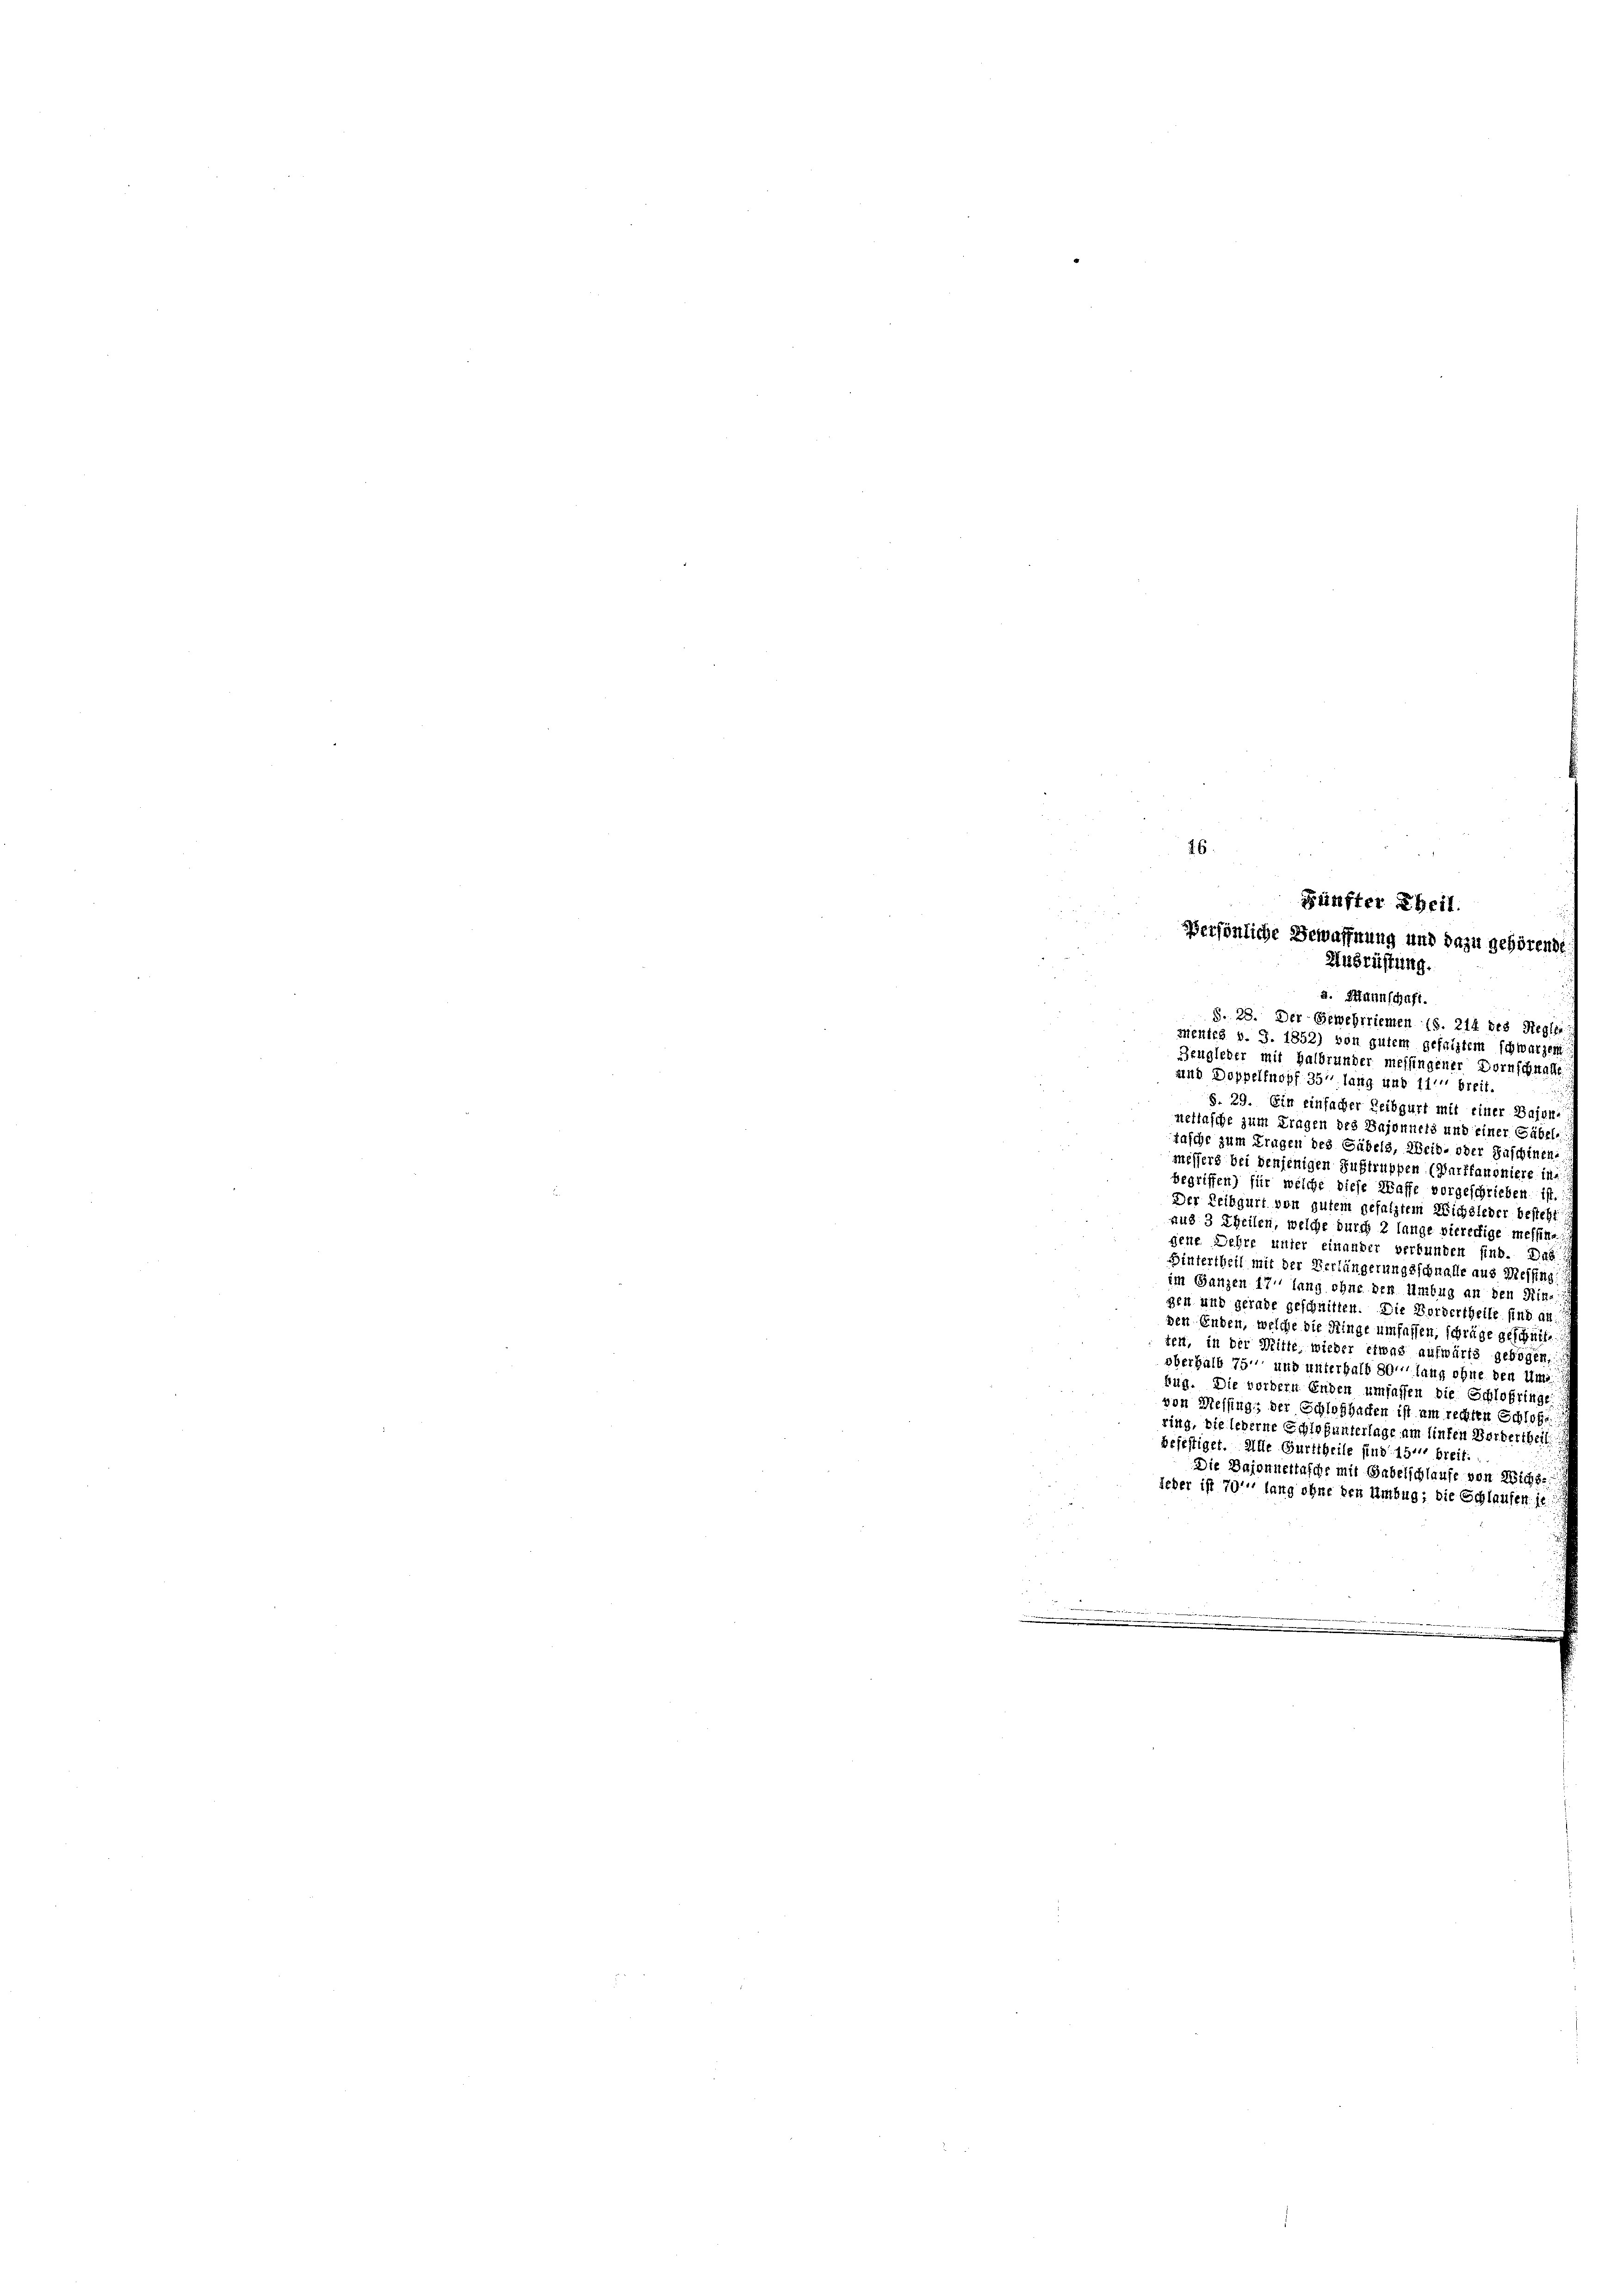
26.

a. Mannschaft.
§. 28. Der Gewehrriemen (S. 214 des Regler
Mentes v. J. 1852) von gutem gefalltem schwarzen
Zengleder mit Halbrander messingener Vornschwalte
und Doppeltnopf 35’ lang und 11 breit.
S. 29. Ein einfacher Leibgart mit einer Bajur-
neftasche zum Fragen des Injonnels und einer Gabel.
tasche zum Trugen des Gübels, Weib- oder Zuschinen.
messers bei denjenigen Fußtruppen (Durffanoniere in
begriffen) für welche diese Waffe vorgeschrieben ist.
Der Leibgurt von gutem gesalztem Wichsleder besteht
und 3 Theilen, welche durch 2 lange vierertige messen.
gene Lehre unter einander verbunden sind. Das
Hintertheil mit der Verlängerungsschnalle aus Messin,
im Ganzen 171 lang ohne den Umbug an den Kin-
gen und gerade geschnitten. Die Vordertheile sind an
den Erben, welche die Ringe umfassen, schräge geschütte
tent, in der Mitte wieder etwas aufwärts gebogen,
oberhalb 75 und unterhalb 80' lang ohne den Um
hug. Die vorbern Enden umfassen die Schloßric
von Messings der Schloshalten ist um rechten Schlos
ring, die leberne Schlag unterlage am linken Verberth.
befestiget. Alle Gurttheile sind 15. breit.
Die Bajonnertasche mit Babelschlaufe von Wichs
jeder ist 70' lang ohne den Umbug; die Schlaufen is
.

Fünfter Theil.
spersönliche Bewaffnung und dazu gehörende
Ausrüstung.